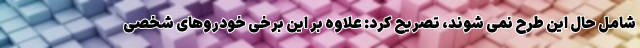
شامل حال این طرح نمی شوند، تصریح کرد: علاوه بر این برخی خودروهای شخصی